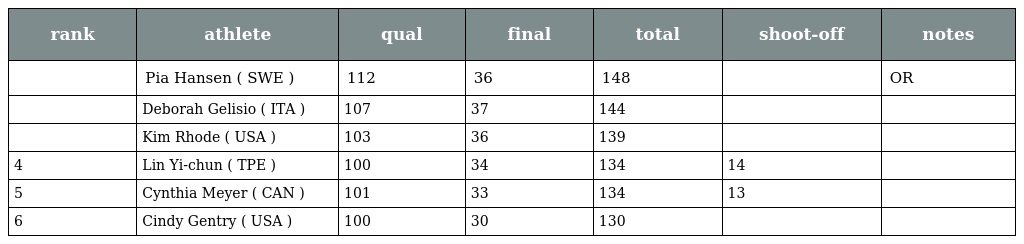
| rank | athlete | qual | final | total | shoot-off | notes |
 | --- | --- | --- | --- | --- | --- | --- |
 |  | Pia Hansen ( SWE ) | 112 | 36 | 148 |  | OR |
 |  | Deborah Gelisio ( ITA ) | 107 | 37 | 144 |  |  |
 |  | Kim Rhode ( USA ) | 103 | 36 | 139 |  |  |
 | 4 | Lin Yi-chun ( TPE ) | 100 | 34 | 134 | 14 |  |
 | 5 | Cynthia Meyer ( CAN ) | 101 | 33 | 134 | 13 |  |
 | 6 | Cindy Gentry ( USA ) | 100 | 30 | 130 |  |  |